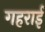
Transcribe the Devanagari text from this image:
गहरार्इ